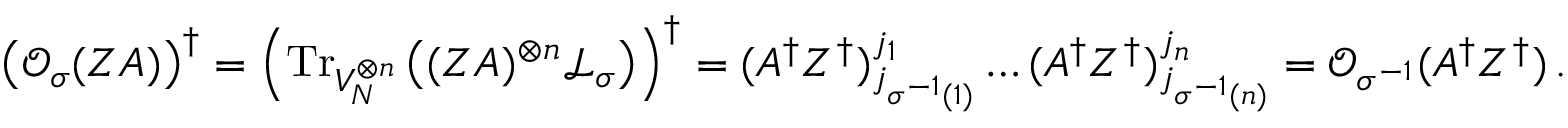
\left( \mathcal { O } _ { \sigma } ( Z A ) \right) ^ { \dagger } = \left( \mathrm { T r } _ { V _ { N } ^ { \otimes n } } \left( ( Z A ) ^ { \otimes n } \mathcal { L } _ { \sigma } \right) \right) ^ { \dagger } = ( A ^ { \dagger } Z ^ { \dagger } ) _ { j _ { \sigma ^ { - 1 } ( 1 ) } } ^ { j _ { 1 } } \dots ( A ^ { \dagger } Z ^ { \dagger } ) _ { j _ { \sigma ^ { - 1 } ( n ) } } ^ { j _ { n } } = \mathcal { O } _ { \sigma ^ { - 1 } } ( A ^ { \dagger } Z ^ { \dagger } ) \, .